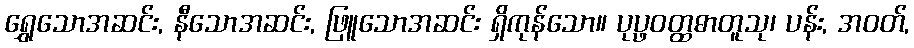
ရွှေသောအဆင်း, နီသောအဆင်း, ဖြူသောအဆင်း ရှိကုန်သော။ ပုပ္ဖဝတ္ထဓာတူသု၊ ပန်း, အဝတ်,